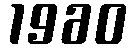
1960